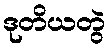
ဒုတိယတွဲ